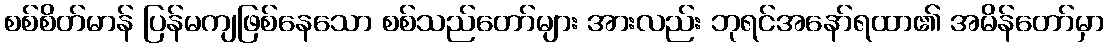
စစ်စိတ်မာန် ပြန်မကျဖြစ်နေသော စစ်သည်တော်များ အားလည်း ဘုရင်အနော်ရထာ၏ အမိန်တော်မှာ